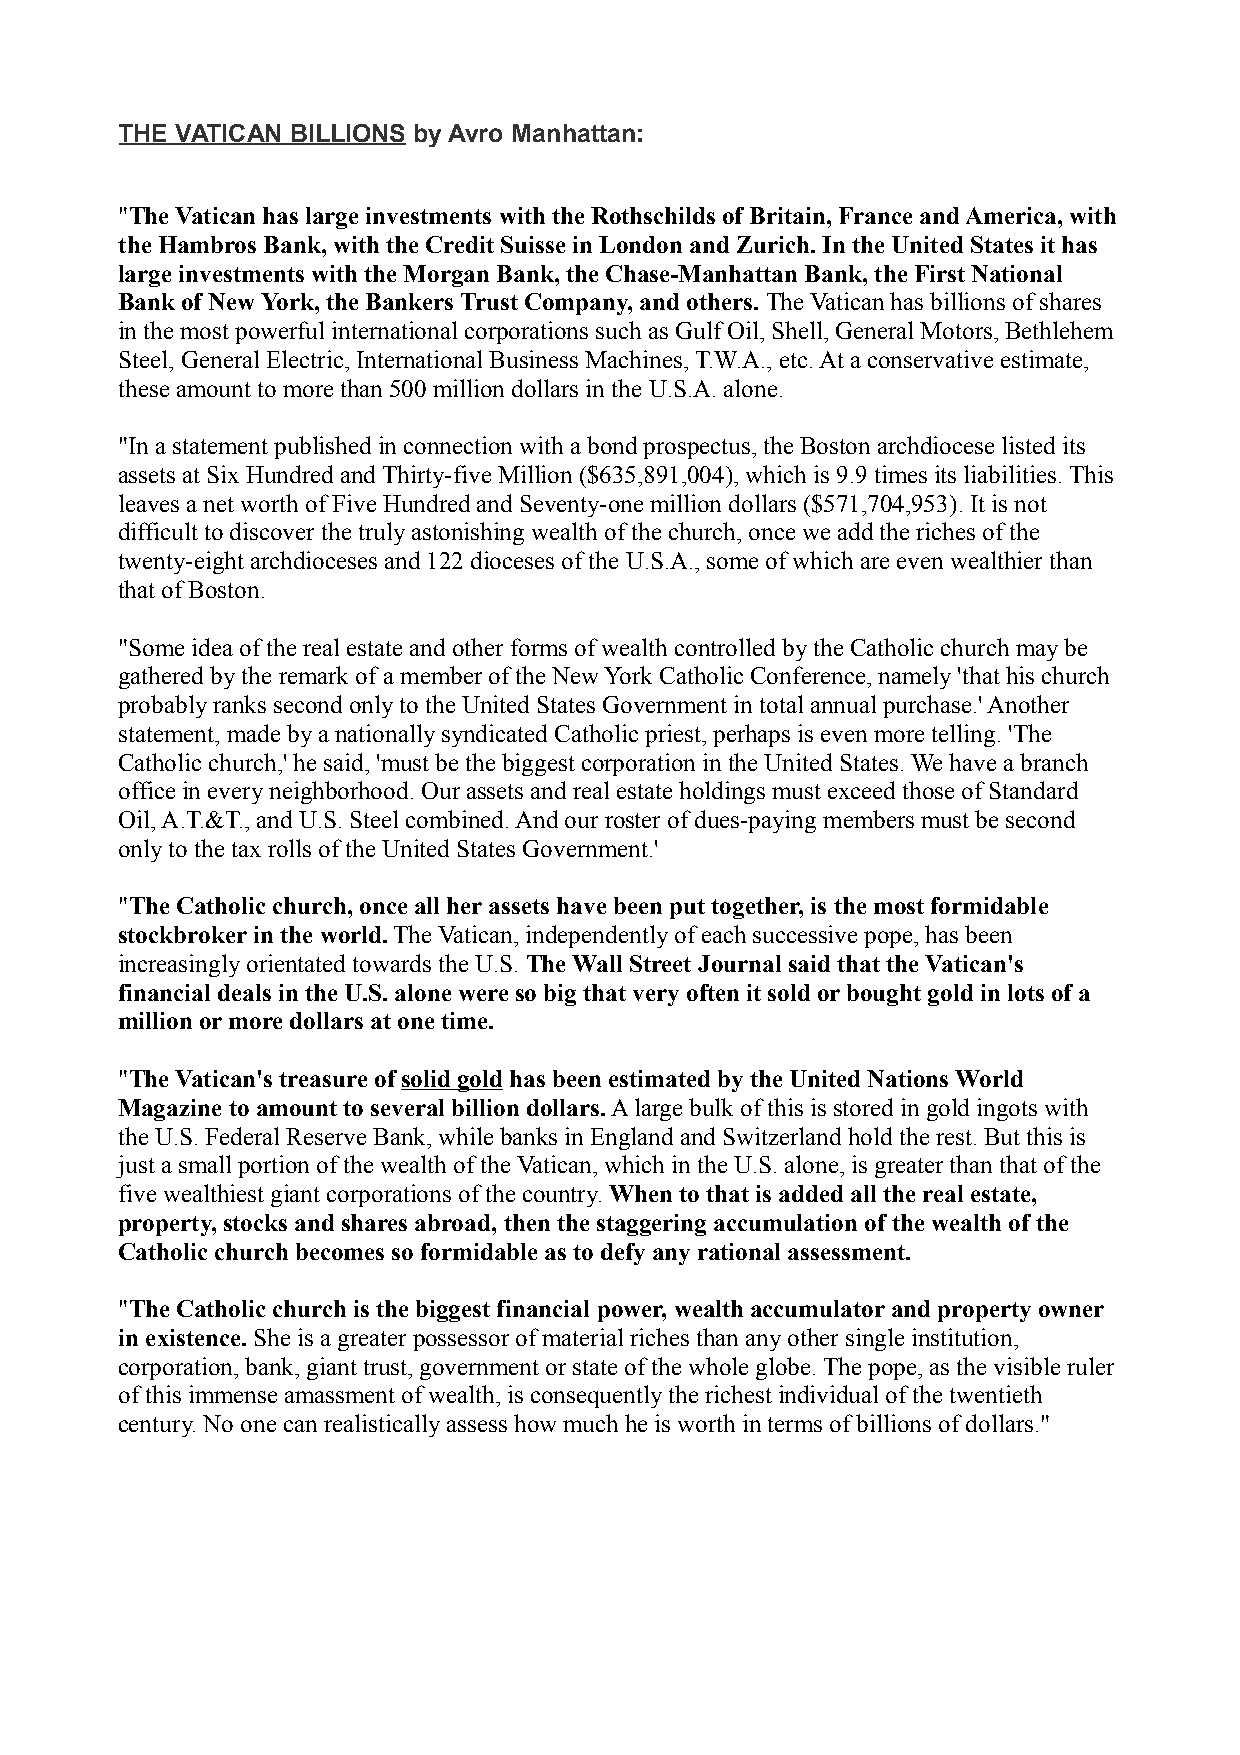
THE VATICAN BILLIONS by Avro Manhattan:
 "The Vatican has large investments with the Rothschilds of Britain, France and America, with
 the Hambros Bank, with the Credit Suisse in London and Zurich. In the United States it has
 large investments with the Morgan Bank, the Chase-Manhattan Bank, the First National
 Bank of New York, the Bankers Trust Company, and others. The Vatican has billions of shares
 in the most powerful international corporations such as Gulf Oil, Shell, General Motors, Bethlehem
 Steel, General Electric, International Business Machines, T.W.A., etc. At a conservative estimate,
 these amount to more than 500 million dollars in the U.S.A. alone.
 "In a statement published in connection with a bond prospectus, the Boston archdiocese listed its
 assets at Six Hundred and Thirty-five Million ($635,891,004), which is 9.9 times its liabilities. This
 leaves a net worth of Five Hundred and Seventy-one million dollars ($571,704,953). It is not
 difficult to discover the truly astonishing wealth of the church, once we add the riches of the
 twenty-eight archdioceses and 122 dioceses of the U.S.A., some of which are even wealthier than
 that of Boston.
 "Some idea of the real estate and other forms of wealth controlled by the Catholic church may be
 gathered by the remark of a member of the New York Catholic Conference, namely 'that his church
 probably ranks second only to the United States Government in total annual purchase.' Another
 statement, made by a nationally syndicated Catholic priest, perhaps is even more telling. 'The
 Catholic church,' he said, 'must be the biggest corporation in the United States. We have a branch
 office in every neighborhood. Our assets and real estate holdings must exceed those of Standard
 Oil, A.T.&T., and U.S. Steel combined. And our roster of dues-paying members must be second
 only to the tax rolls of the United States Government.'
 "The Catholic church, once all her assets have been put together, is the most formidable
 stockbroker in the world. The Vatican, independently of each successive pope, has been
 increasingly orientated towards the U.S. The Wall Street Journal said that the Vatican's
 financial deals in the U.S. alone were so big that very often it sold or bought gold in lots of a
 million or more dollars at one time.
 "The Vatican's treasure of solid gold has been estimated by the United Nations World
 Magazine to amount to several billion dollars. A large bulk of this is stored in gold ingots with
 the U.S. Federal Reserve Bank, while banks in England and Switzerland hold the rest. But this is
 just a small portion of the wealth of the Vatican, which in the U.S. alone, is greater than that of the
 five wealthiest giant corporations of the country. When to that is added all the real estate,
 property, stocks and shares abroad, then the staggering accumulation of the wealth of the
 Catholic church becomes so formidable as to defy any rational assessment.
 "The Catholic church is the biggest financial power, wealth accumulator and property owner
 in existence. She is a greater possessor of material riches than any other single institution,
 corporation, bank, giant trust, government or state of the whole globe. The pope, as the visible ruler
 of this immense amassment of wealth, is consequently the richest individual of the twentieth
 century. No one can realistically assess how much he is worth in terms of billions of dollars."